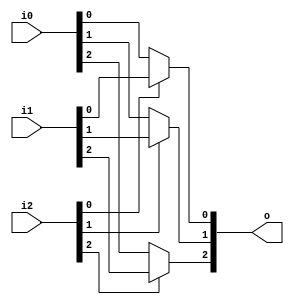
module bsg_mux2_gatestack_width_p3_harden_p1
(
  i0,
  i1,
  i2,
  o
);

  input [2:0] i0;
  input [2:0] i1;
  input [2:0] i2;
  output [2:0] o;
  wire [2:0] o;
  wire N0,N1,N2,N3,N4,N5;
  assign o[0] = (N0)? i1[0] : 
                (N3)? i0[0] : 1'b0;
  assign N0 = i2[0];
  assign o[1] = (N1)? i1[1] : 
                (N4)? i0[1] : 1'b0;
  assign N1 = i2[1];
  assign o[2] = (N2)? i1[2] : 
                (N5)? i0[2] : 1'b0;
  assign N2 = i2[2];
  assign N3 = ~i2[0];
  assign N4 = ~i2[1];
  assign N5 = ~i2[2];

endmodule